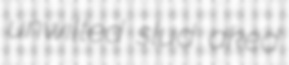
unwilted slud aked